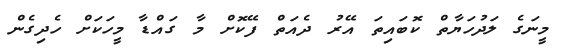
މީނަގެ ލަދުހަޔާތް ކޮބައިތަ އޭރު ދެއަތް ފޭކޮށް މާ ގައްޑާ މީހަކަށް ހެދިގެން